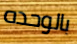
بالوحده